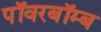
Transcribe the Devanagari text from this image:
पॉवरबॉम्ब